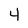
Character: 4